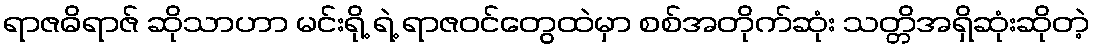
ရာဇဓိရာဇ် ဆိုသာဟာ မင်းရို့ ရဲ့ ရာဇဝင်တွေထဲမှာ စစ်အတိုက်ဆုံး သတ္တိအရှိဆုံးဆိုတဲ့